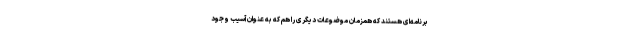
برنامه‌ای هستند که همزمان موضوعات دیگری را هم که به عنوان آسیب وجود